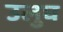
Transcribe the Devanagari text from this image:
उलुघ